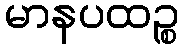
မာနပထဉ္စ